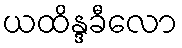
ယထိန္ဒခီလော